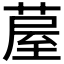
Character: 𮐂